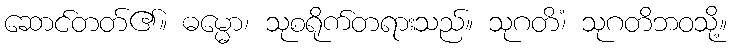
ဆောင်တတ်၏။ ဓမ္မော၊ သုစရိုက်တရားသည်။ သုဂတိံ၊ သုဂတိဘဝသို့။